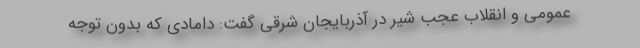
عمومی و انقلاب عجب شیر در آذربایجان شرقی گفت: دامادی که بدون توجه